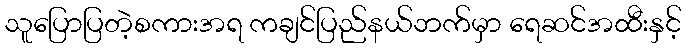
သူပြောပြတဲ့စကားအရ ကချင်ပြည်နယ်ဘက်မှာ ရေဆင်အထီးနှင့်